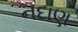
નદાણ